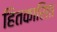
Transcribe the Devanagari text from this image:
हितकारिता